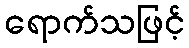
ရောက်သဖြင့်